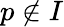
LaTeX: p\notin{I}